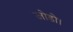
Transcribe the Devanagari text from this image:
जोडो।